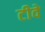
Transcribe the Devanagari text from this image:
टीवे